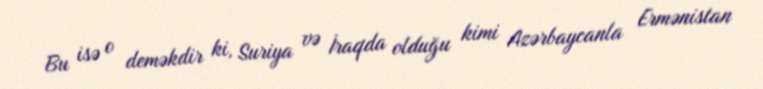
Bu isə o deməkdir ki, Suriya və İraqda olduğu kimi Azərbaycanla Ermənistan